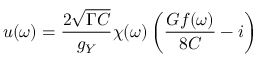
u ( \omega ) = \frac { 2 \sqrt { \Gamma C } } { g _ { Y } } \chi ( \omega ) \left( \frac { G f ( \omega ) } { 8 C } - i \right)